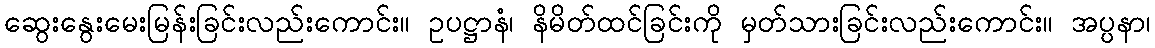
ဆွေးနွေးမေးမြန်းခြင်းလည်းကောင်း။ ဥပဋ္ဌာနံ၊ နိမိတ်ထင်ခြင်းကို မှတ်သားခြင်းလည်းကောင်း။ အပ္ပနာ၊